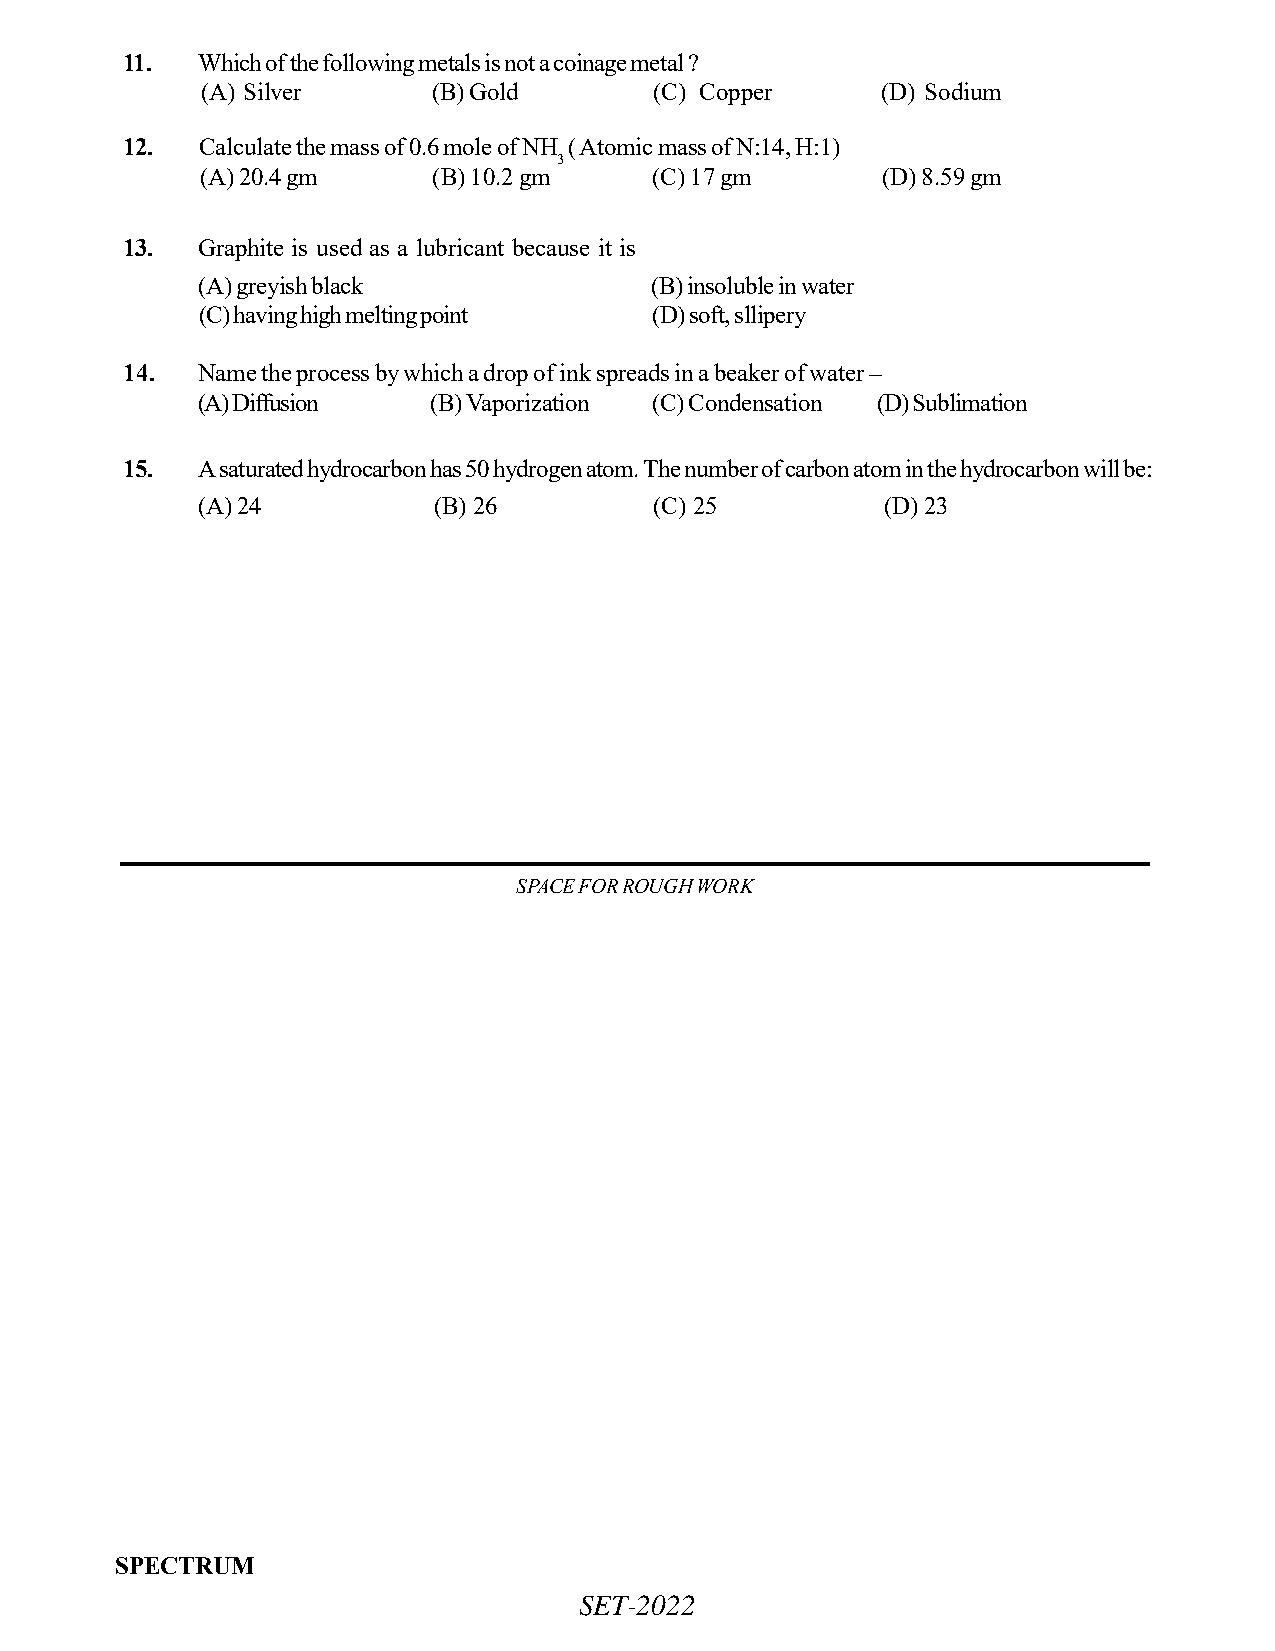
11.  Which of the following metals is not a coinage metal ?
 (A) Silver      (B) Gold      (C) Copper     (D) Sodium
 12.  Calculate the mass of 0.6 mole of NH ( Atomic mass of N:14, H:1)
 3
 (A) 20.4 gm     (B) 10.2 gm   (C) 17 gm      (D) 8.59 gm
 13.  Graphite is used as a lubricant because it is
 (A) greyish black             (B) insoluble in water
 (C) having high melting point (D) soft, sllipery
 14.  Name the process by which a drop of ink spreads in a beaker of water –
 (A) Diffusion   (B) Vaporization (C) Condensation (D) Sublimation
 15.  A saturated hydrocarbon has 50 hydrogen atom. The number of carbon atom in the hydrocarbon will be:
 (A) 24          (B) 26        (C) 25         (D) 23
 SPACE FOR ROUGH WORK
 SPECTRUM
 SET-2022